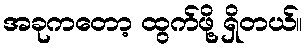
အခုကတော့ ထွက်ဖို့ ရှိတယ်။